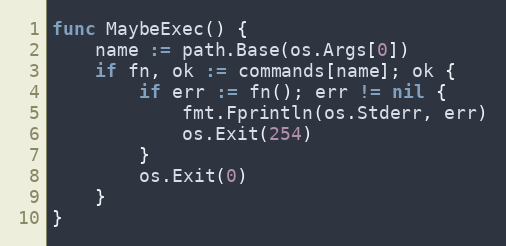
Language: Go
func MaybeExec() {
	name := path.Base(os.Args[0])
	if fn, ok := commands[name]; ok {
		if err := fn(); err != nil {
			fmt.Fprintln(os.Stderr, err)
			os.Exit(254)
		}
		os.Exit(0)
	}
}